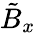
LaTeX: \tilde{B}_{x}